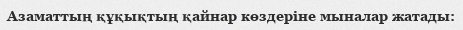
Aзаматтың құқықтың қайнар көздеріне мыналар жатады: